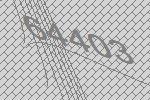
64403